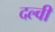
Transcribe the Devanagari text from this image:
दल्वी